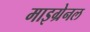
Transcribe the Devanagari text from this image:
माइग्रेनल